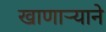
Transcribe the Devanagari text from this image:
खाणाऱ्याने